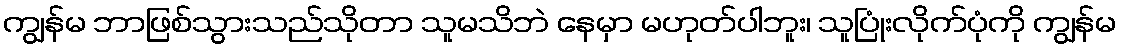
ကျွန်မ ဘာဖြစ်သွားသည်သိုတာ သူမသိဘဲ နေမှာ မဟုတ်ပါဘူး၊ သူပြုံးလိုက်ပုံကို ကျွန်မ